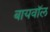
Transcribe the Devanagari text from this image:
बायवॉल